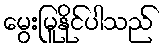
မွေးမြူနိုင်ပါသည်